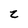
Character: z